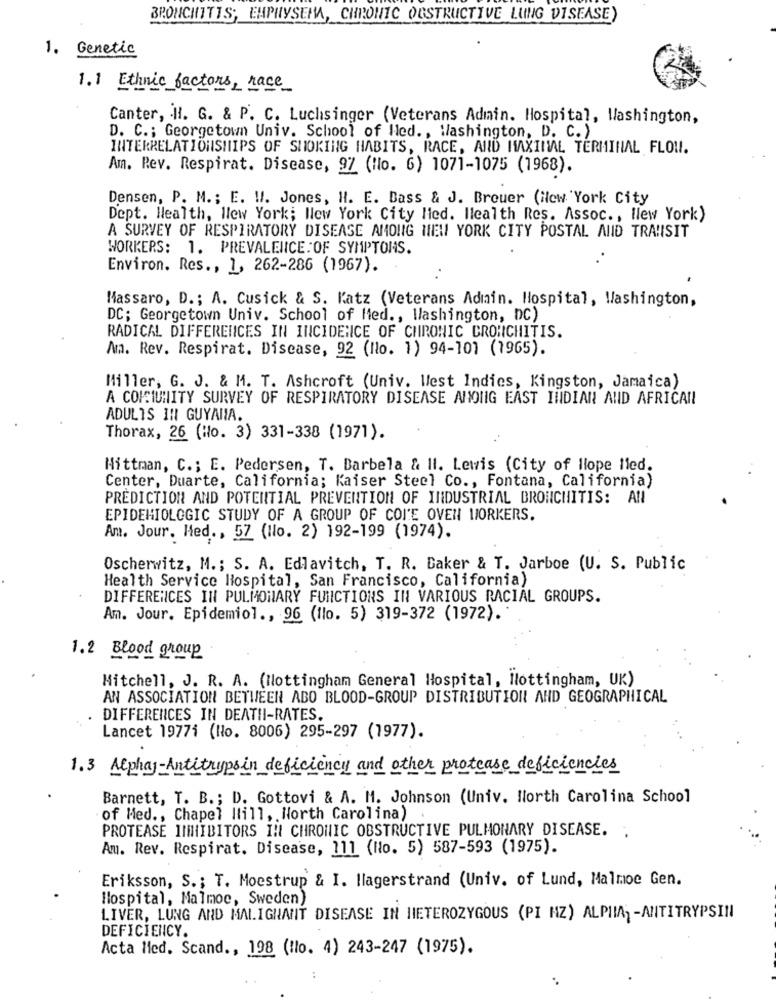
BRONCHITIS; EMPHYSEMA, CHRONIC OBSTRUCTIVE LUNG DISEASE)
1. Genetic
1.] Ethnic factors, race
Canter, H. G. & P. C. Luchsinger (Veterans Admin. Hospital, Washington,
D. C .; Georgetown Univ. School of Hed ., Washington, D. C. )
INTERRELATIONSHIPS OF SHOKING HABITS, RACE, AND MAXIMAL TERMINAL FLOU.
Am. Rev. Respirat. Disease, 97 (Ho. 6) 1071-1075 (1968).
Densen, P. M .; E. ! /. Jones, H. E. Bass & J. Breuer (ilew 'York City
Dept. Health, New York; New York City Hed. Ilealth Res. Assoc ., New York)
A SURVEY OF RESPIRATORY DISEASE AMONG NEW YORK CITY POSTAL AND TRANSIT
WORKERS: 1. PREVALENCE OF SYMPTOMS.
Environ. Res ., 1, 262-286 (1967).
Massaro, D .; A. Cusick & S. Katz (Veterans Admin. Hospital, Washington,
DC; Georgetown Univ. School of Med ., Washington, DC)
RADICAL DIFFERENCES IN INCIDENCE OF CHRONIC BRONCHITIS.
A. Rev. Respirat. Disease, 92 (No. 1) 94-101 (1965).
Miller, G. J. & M. T. Ashcroft (Univ. West Indies, Kingston, Jamaica)
A COMUNITY SURVEY OF RESPIRATORY DISEASE ANOIIG EAST INDIAN AND AFRICAN!
ADULTS IN GUYANA.
Thorax, 26 (Ho. 3) 331-338 (1971).
Hittman, C .; E. Pedersen, T. Barbela & II. Lewis (City of llope Med.
Center, Duarte, California; Kaiser Steel Co ., Fontana, California)
PREDICTION AND POTENTIAL PREVENTION OF INDUSTRIAL BRONCHITIS: AN
EPIDEMIOLOGIC STUDY OF A GROUP OF COI'E OVEN WORKERS.
Am. Jour. Med ., 57 (llo. 2) 192-199 (1974).
Oscherwitz, M .; S. A. Edlavitch, T. R. Baker & T. Jarboe (U. S. Public
Health Service Hospital, San Francisco, California)
DIFFERENCES IN PULMONARY FUNCTIONS IN VARIOUS RACIAL GROUPS.
Am. Jour. Epidemiol ., 96 (flo. 5) 319-372 (1972).
1.2 Blood group
Mitchell, J. R. A. (Nottingham General Hospital, Nottingham, UK)
AN ASSOCIATION BETWEEN ABO BLOOD-GROUP DISTRIBUTION AND GEOGRAPHICAL
DIFFERENCES IN DEATHI-RATES.
Lancet 19771 (No. 8006) 295-297 (1977).
1.3 Alphay-Antitrypsin deficiency and other protease deficiencies
Barnett, T. B .; D. Gottovi & A. M. Johnson (Univ. North Carolina School
of Med ., Chapel Hill, North Carolina) .
PROTEASE INHIBITORS IN CHRONIC OBSTRUCTIVE PULMONARY DISEASE. .
Am. Rev. Respirat. Disease, 111 (No. 5) 587-593 (1975).
Eriksson, S .; T. Moestrup & I. Ilagerstrand (Univ. of Lund, Malmoe Gen.
Hospital, Malmoc, Sweden)
LIVER, LUNG AND MALIGNANT DISEASE IN HETEROZYGOUS (PI HZ) ALPIMA -ANTITRYPSIN
DEFICIENCY.
Acta Med. Scand ., 198 (No. 4) 243-247 (1975).